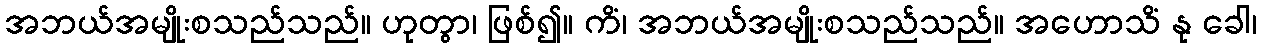
အဘယ်အမျိုးစသည်သည်။ ဟုတွာ၊ ဖြစ်၍။ ကိံ၊ အဘယ်အမျိုးစသည်သည်။ အဟောသိံ နု ခေါ၊